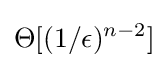
\Theta [(1/\epsilon )^{n-2}]